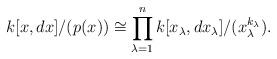
LaTeX: \begin{align*}k[x,dx]/(p(x))\cong \prod_{\lambda=1}^nk[x_{\lambda}, dx_\lambda]/(x_\lambda^{k_\lambda}).\end{align*}